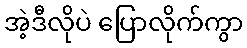
အဲ့ဒီလိုပဲ ပြောလိုက်ကွာ